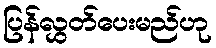
ပြန်လွှတ်ပေးမည်ဟု